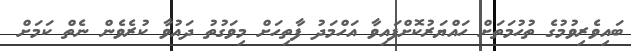
ބައިވެރިވުމުގެ ތުހުމަތަށް ހައްޔަރުކޮށްފައިވާ އަހްމަދު ފާތިހަށް މިވަގުތު ދައުވާ ކުރެވެން ނެތް ކަމަށް